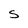
Character: S